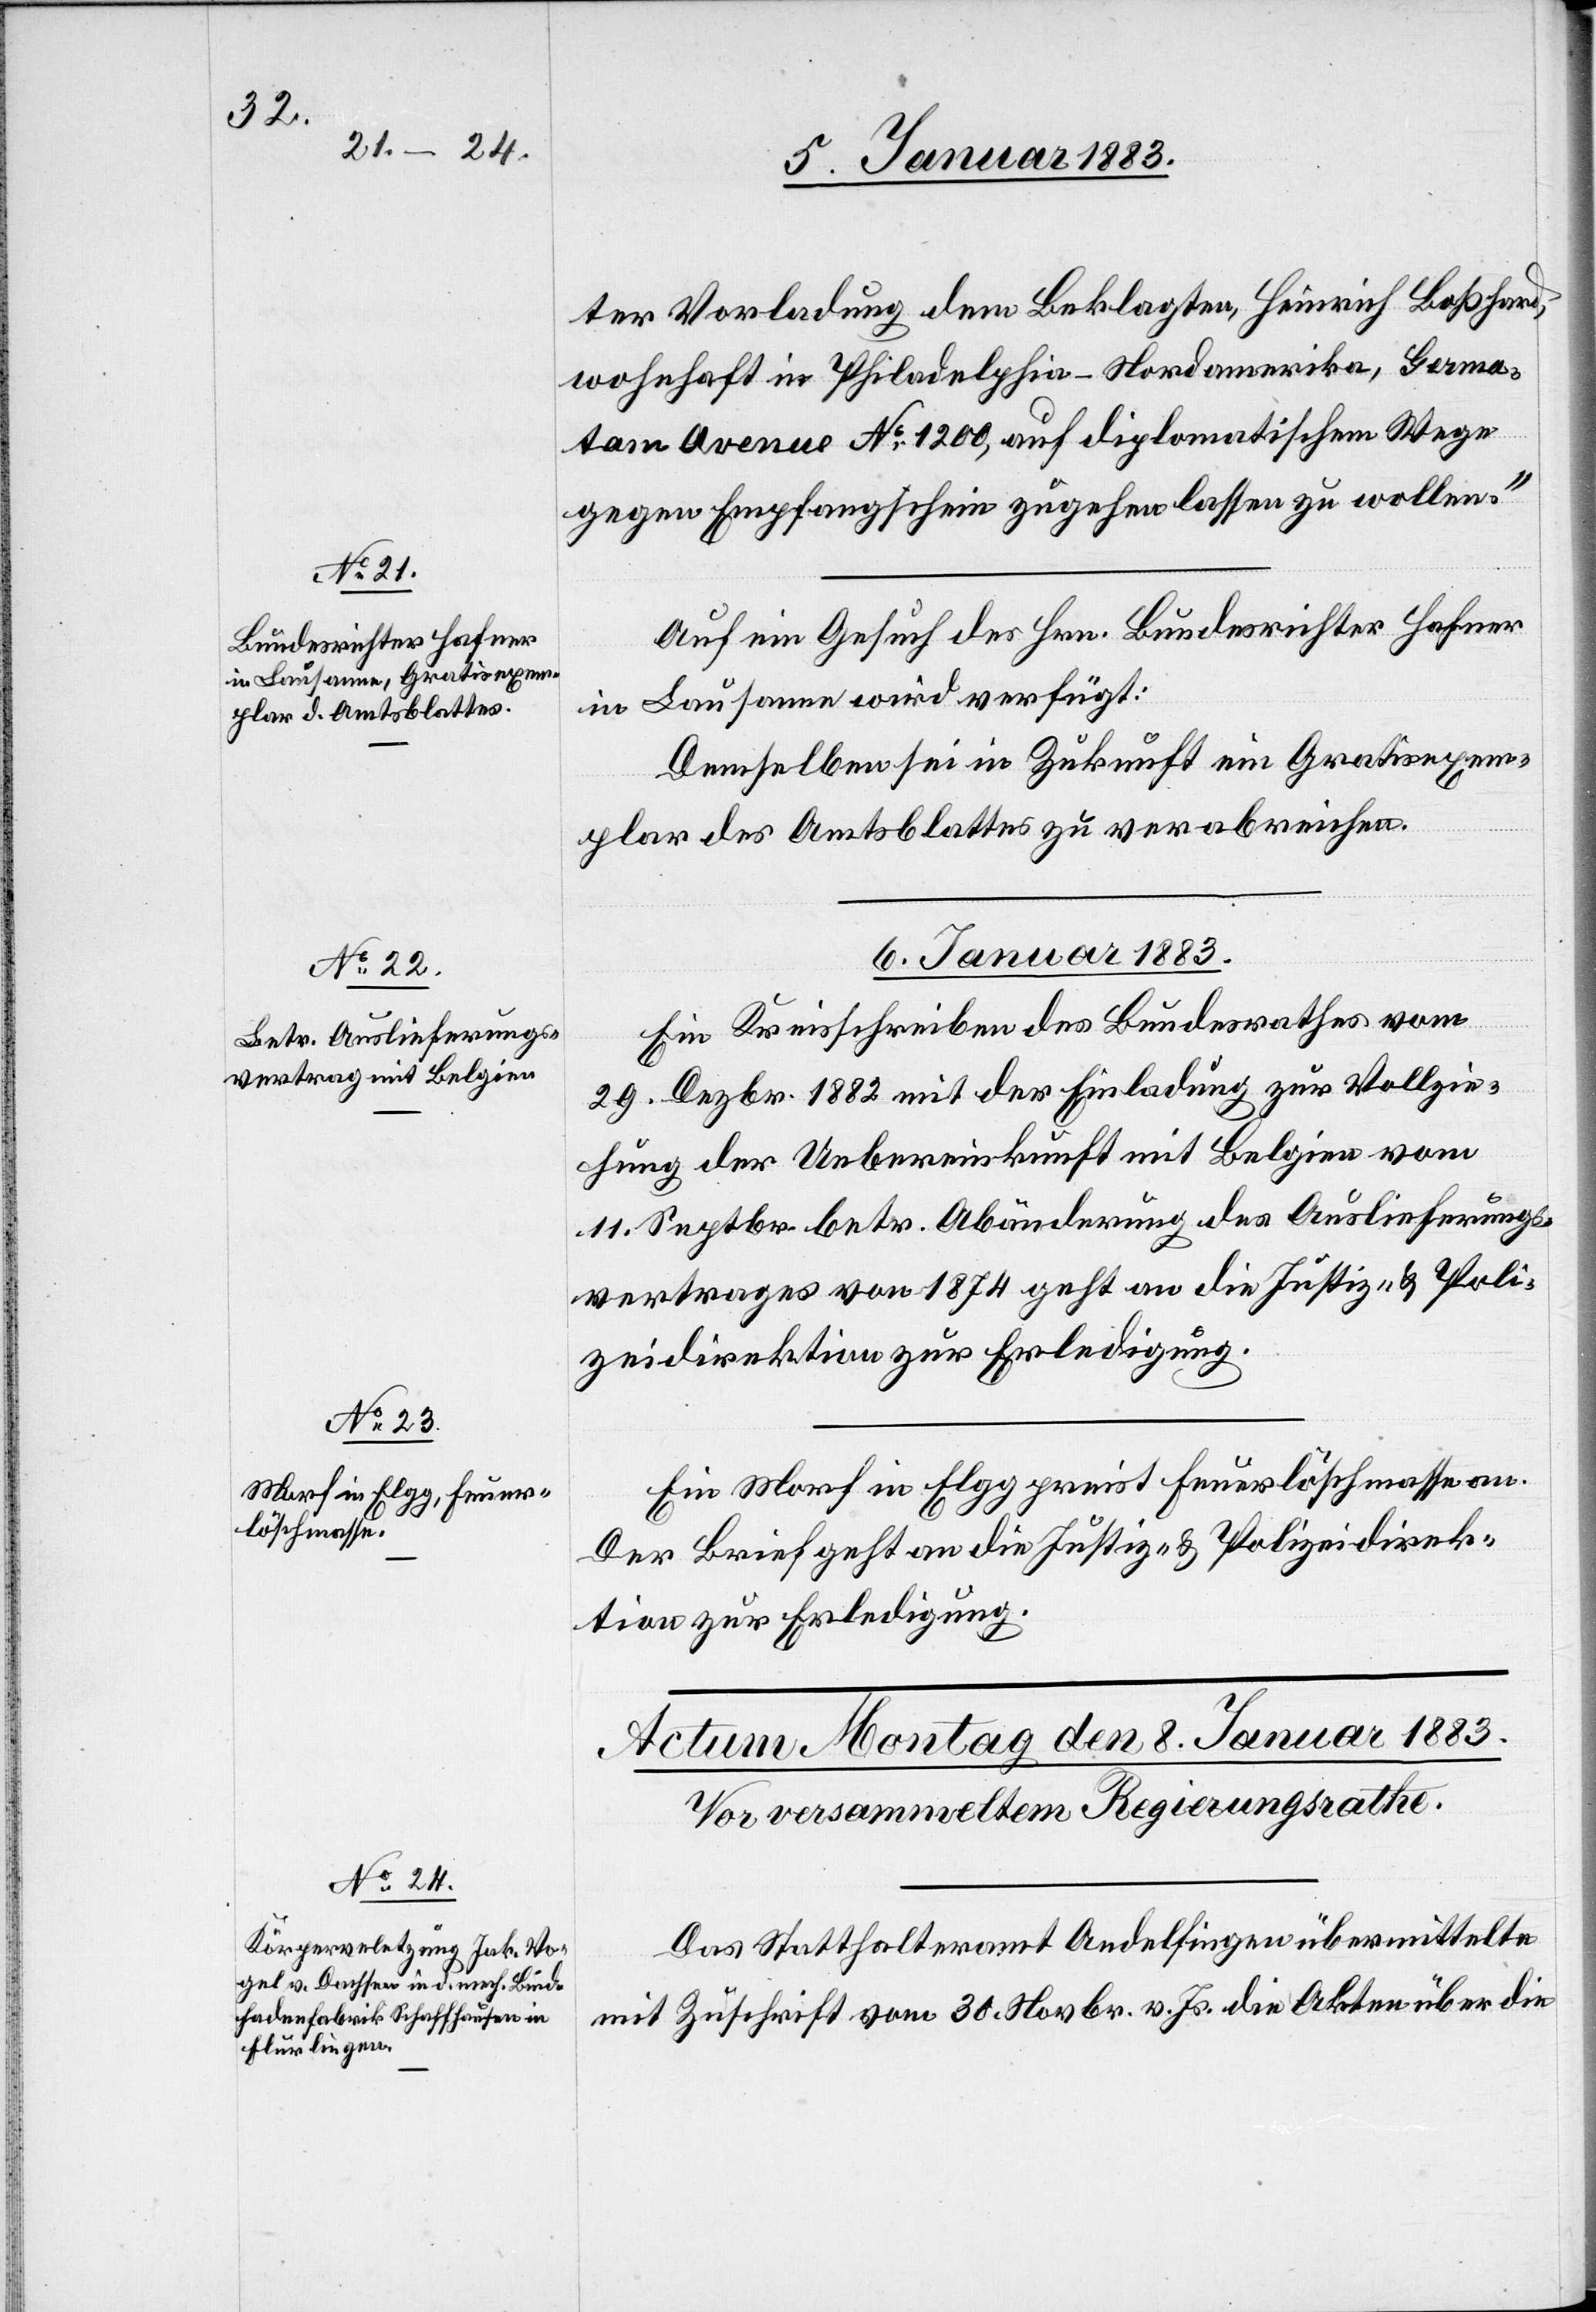
5. Januar 1883]
ter Vorladung dem Beklagten, Heinrich Boßhard,
wohnhaft in Philadelphia - Nordamerika, Germa¬
tam Avenue No 1200, auf diplomatischem Wege
gegen Empfangschein zugehen lassen zu wollen.“
Auf ein Gesuch des Hrn. Bundesrichter Hafner
in Lausanne wird verfügt:
Demselben sei in Zukunft ein Gratisexem¬
plar des Amtsblattes zu verabreichen.
6. Januar 1883]
Ein Kreisschreiben des Bundesrathes vom
29. Dezbr. 1882 mit der Einladung zur Vollzie¬
hung der Uebereinkunft mit Belgien vom
11. Septbr. betr. Abänderung des Auslieferungs¬
vertrages von 1874 geht an die Justiz- & Poli¬
zeidirektion zur Erledigung.
Ein Morf in Elgg preist Feuerlöschmasse an.
Der Brief geht an die Justiz- & Polizeidirek¬
tion zur Erledigung.
Das Statthalteramt Andelfingen übermittelte
mit Zuschrift vom 30. Novbr. v. Js. die Akten über die